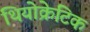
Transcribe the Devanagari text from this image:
थियोक्रेटिक